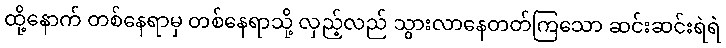
ထို့နောက် တစ်နေရာမှ တစ်နေရာသို့ လှည့်လည် သွားလာနေတတ်ကြသော ဆင်းဆင်းရဲရဲ